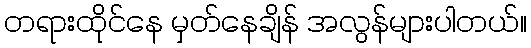
တရားထိုင်နေ မှတ်နေချိန် အလွန်များပါတယ်။